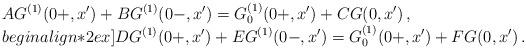
LaTeX: \begin{align*}\begin{array}{l}\displaystyle AG^{(1)}(0+,x')+BG^{(1)}(0-,x')=G^{(1)}_0(0+,x')+CG(0,x')\,,\\begin{align*}2ex]\displaystyle DG^{(1)}(0+,x')+EG^{(1)}(0-,x')=G^{(1)}_0(0+,x')+FG(0,x')\,.\end{array}\end{align*}